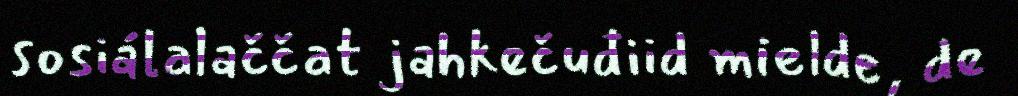
sosiálalaččat jahkečuđiid mielde, de